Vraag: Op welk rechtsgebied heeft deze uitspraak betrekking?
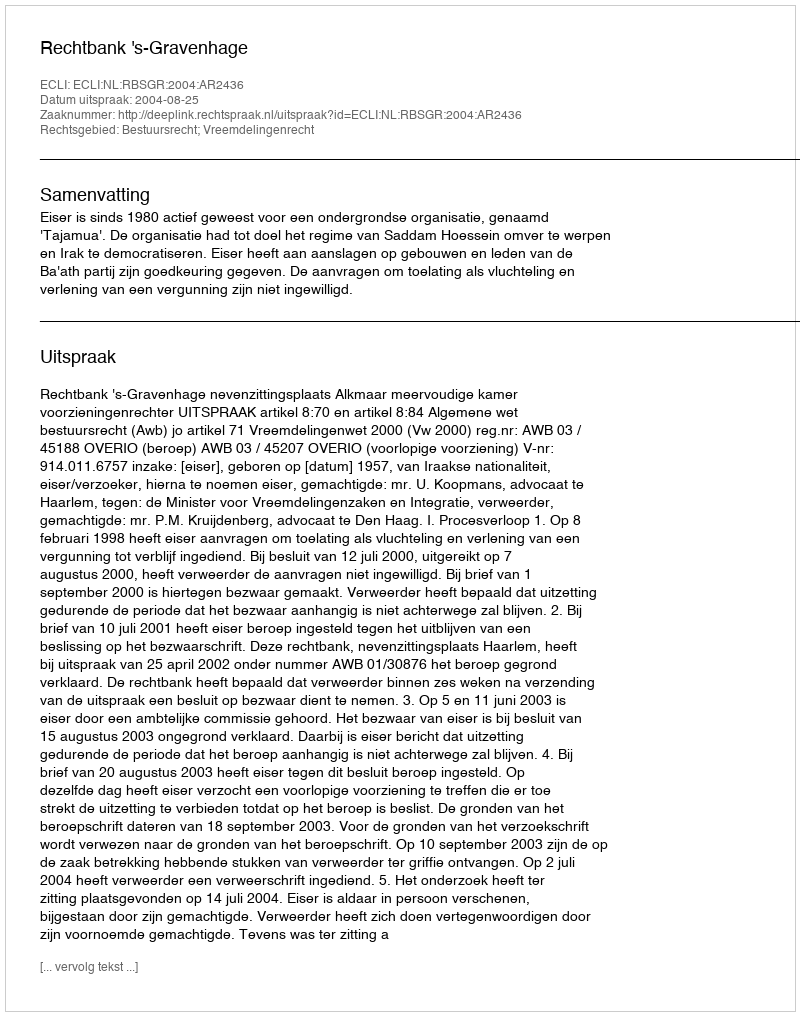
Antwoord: Bestuursrecht; Vreemdelingenrecht